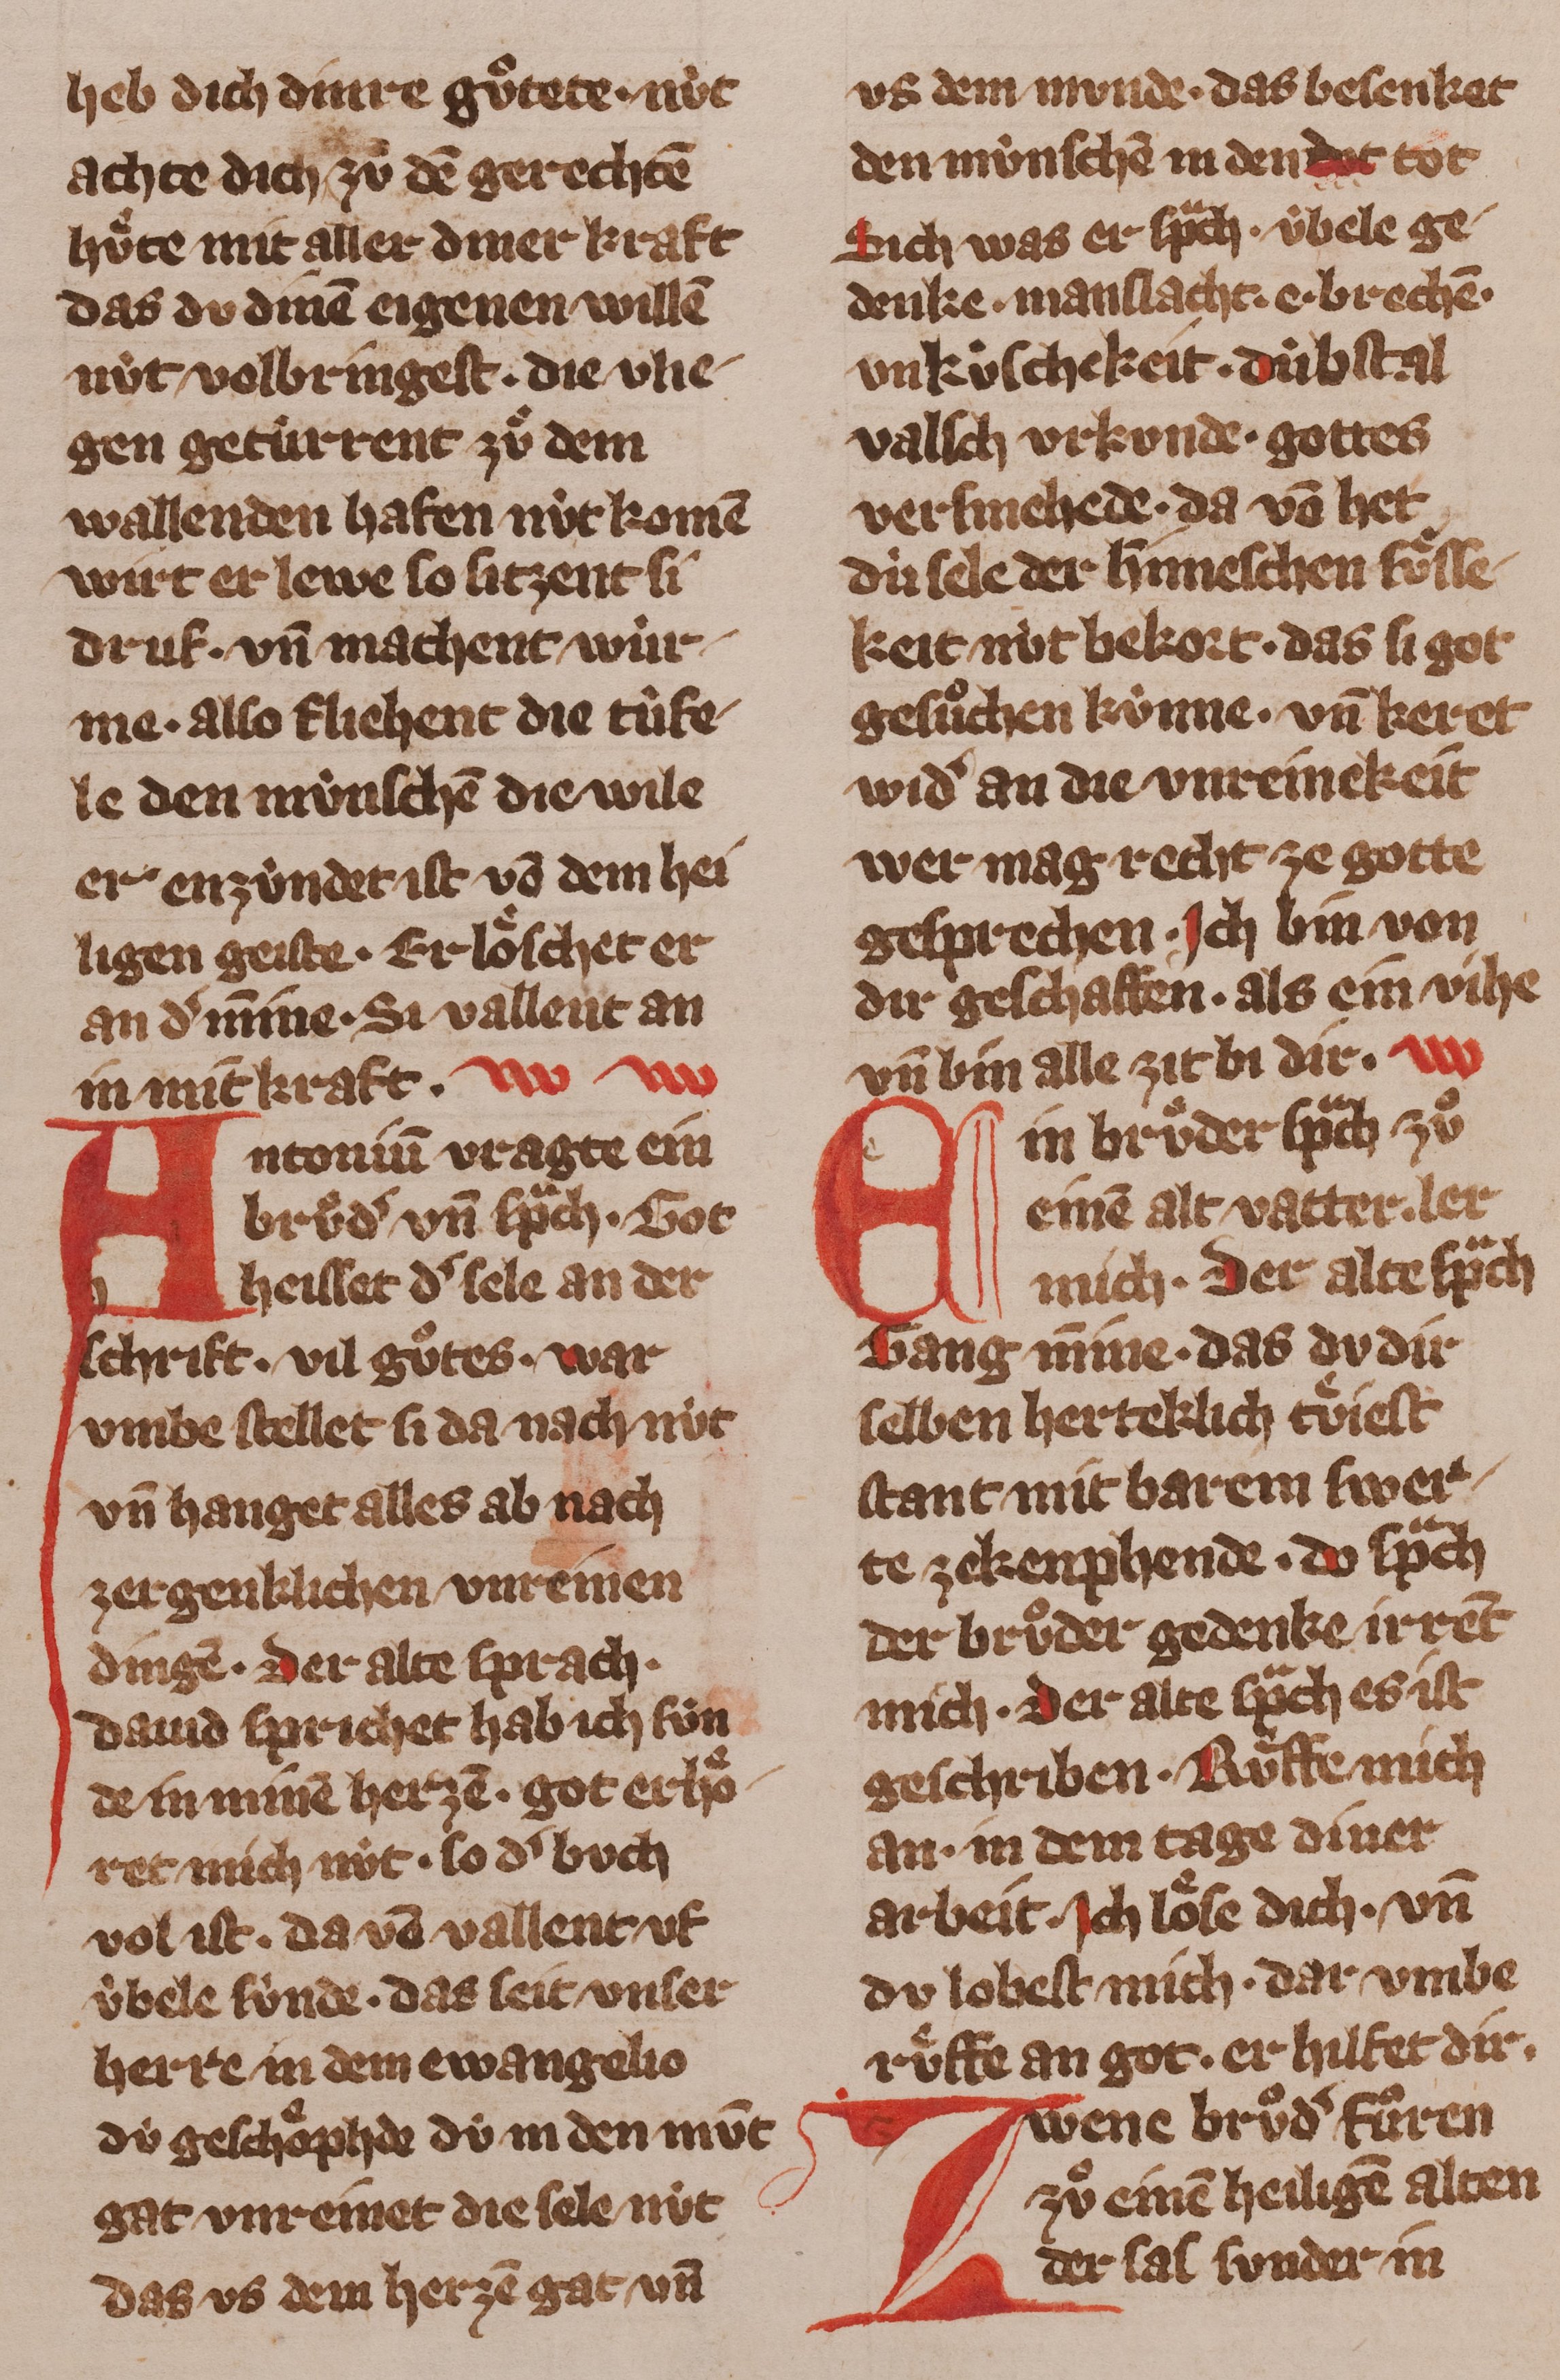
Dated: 1355–1385